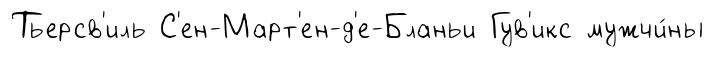
Тьерсв'иль С'ен-Март'ен-д'е-Бланьи Гув'икс мужчи́ны